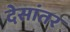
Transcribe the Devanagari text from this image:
देसांतर